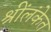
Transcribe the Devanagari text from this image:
श्रींलंकेत